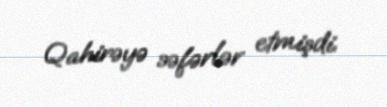
Qahirəyə səfərlər etmişdi.